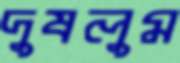
দুষলুম